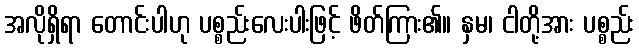
အလိုရှိရာ တောင်းပါဟု ပစ္စည်းလေးပါးဖြင့် ဖိတ်ကြား၏။ နှမ၊ ငါတို့အား ပစ္စည်း